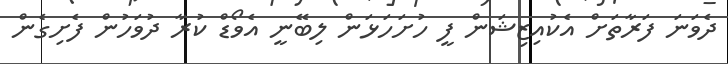
ދެވަނަ ފަރާތަށް އެކުއިޒިޝަން ފީ ހުށަހަޅަން ލިބޭނީ އެވޯޑް ކުރާ ދުވަހުން ފެށިގެން